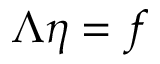
\Lambda \eta = f